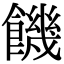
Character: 饑